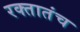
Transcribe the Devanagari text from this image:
रक्तातंच